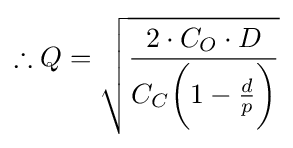
\therefore Q={\sqrt {\frac {2\cdot C_{O}\cdot D}{C_{C}{\bigg (}1-{\frac {d}{p}}{\bigg )}}}}